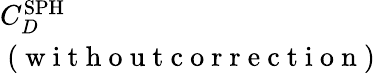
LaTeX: \begin{array}{l}{C_{D}^{\mathrm{SPH}}}\\ {\mathrm{~(~w~i~t~h~o~u~t~c~o~r~r~e~c~t~i~o~n~)~}}\end{array}